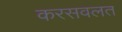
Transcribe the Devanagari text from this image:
करसवलत